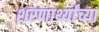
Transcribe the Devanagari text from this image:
शरणार्थ्यांच्या